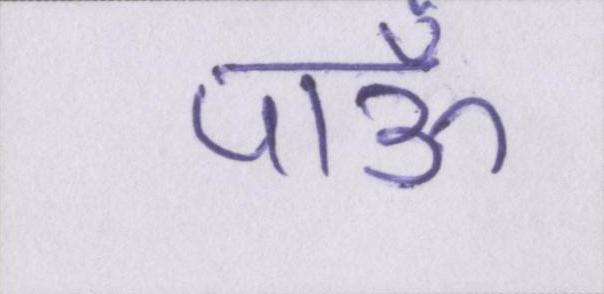
पाऊँ